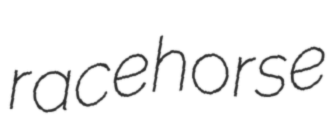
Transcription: racehorse